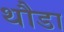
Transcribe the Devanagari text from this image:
थौडा